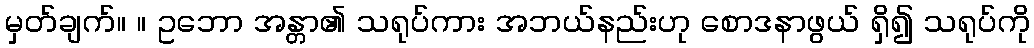
မှတ်ချက်။ ။ ဥဘော အန္တာ၏ သရုပ်ကား အဘယ်နည်းဟု စောဒနာဖွယ် ရှိ၍ သရုပ်ကို